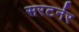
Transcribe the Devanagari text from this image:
सरटर्नर